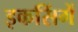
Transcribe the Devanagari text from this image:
इकसिंगें